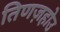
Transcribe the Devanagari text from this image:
तिणज़होउ